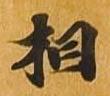
相